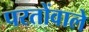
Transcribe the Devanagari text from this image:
परतोंवाले